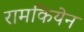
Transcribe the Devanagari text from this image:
रामकियेन